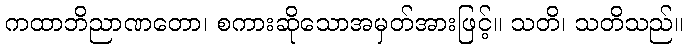
ကထာဘိညာဏတော၊ စကားဆိုသောအမှတ်အားဖြင့်။ သတိ၊ သတိသည်။